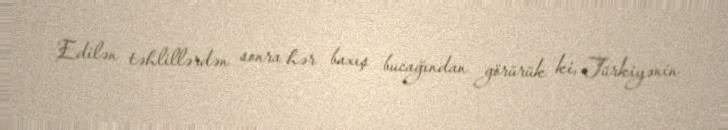
Edilən təhlillərdən sonra hər baxış bucağından görürük ki, Türkiyənin